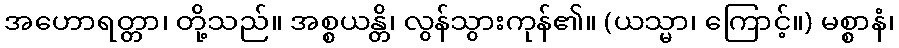
အဟောရတ္တာ၊ တို့သည်။ အစ္စယန္တိ၊ လွန်သွားကုန်၏။ (ယသ္မာ၊ ကြောင့်။) မစ္စာနံ၊